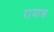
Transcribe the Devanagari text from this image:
रायास